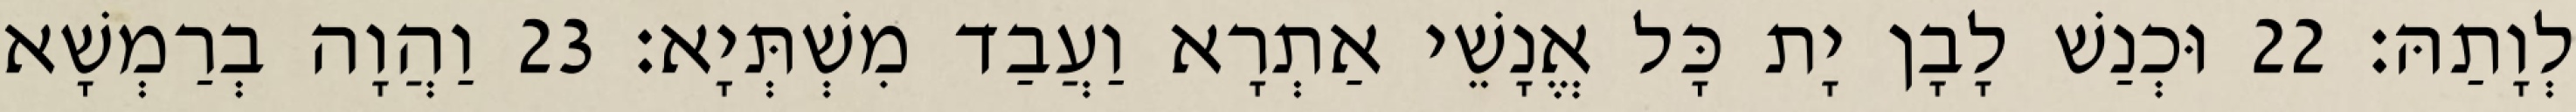
לְוָתַהּ׃ 22 וּכְנַשׁ לָבָן יָת כָּל אֱנָשֵׁי אַתְרָא וַעֲבַד מִשְׁתְּיָא׃ 23 וַהֲוָה בְרַמְשָׁא